Statistics compiled by the Government of India from the reports of provincial Civil Veterinary Departments
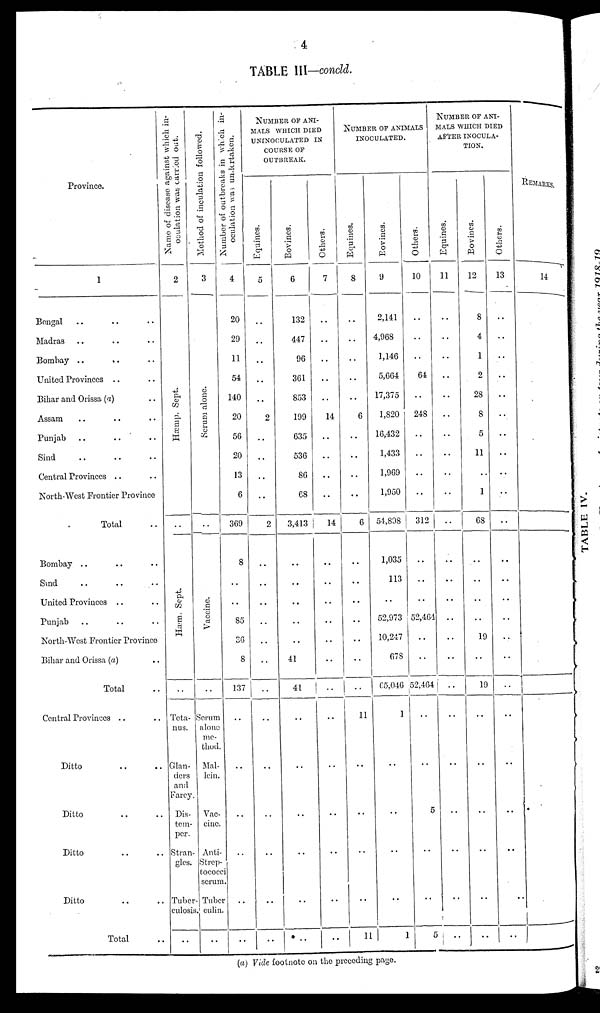
4
TABLE III—concld.
Province.
1
Bengal .. .. ..
Madras .. .. ..
Bombay .. .. ..
United Provinces .. ..
Bihar and Orissa (a) ..
Assam .. .. ..
Punjab .. .. ..
Sind .. .. ..
Central Provinces .. ..
North-West Frontier Province
Total ..
Bombay .. .. ..
Sind .. .. ..
United Provinces .. ..
Punjab .. .. ..
North-West Frontier Province
Bihar and Orissa (a) ..
Total ..
Central Provinces .. ..
Ditto .. ..
Ditto .. ..
Ditto .. ..
Ditto .. ..
Total ..
Name of disease against which in-
oculation was carried out.
2
Hæmp. Sept .
..
Hæm. Sept .
..
Teta-
nus.
Glan-
ders
and
Farcy.
Dis-
tem-
per.
Stran-
gles.
Tuber-
culosis.
..
Method of inculation followed.
3
Se r
um a l
one .
..
Vacci ne.
..
Serum
alone
me-
thod.
Mal-
lein.
Vac-
cine.
Anti-
Strep-
tococci
serum
Tuber
culin.
..
Number of outbreaks in which in-
oculation was undertaken.
4
20
29
11
54
140
20
56
20
13
6
369
8
..
..
85
36
8
137
..
..
..
..
..
..
NUMBER OF ANI-
MALS WHICH DIED
UNINOCULATED IN
COURSE OF
OUTBREAK.
Equines.
5
..
..
..
..
..
2
..
..
..
..
2
..
..
..
..
..
..
..
..
..
..
..
..
..
Bovines.
6
132
447
96
361
853
199
635
536
86
68
3,413
..
..
..
..
..
41
41
..
..
..
..
..
..
Others.
7
..
..
..
..
..
14
..
..
..
..
14
..
..
..
..
..
..
..
..
..
..
..
..
..
NUMBER OF NIMALS
INOCULATED.
Equines.
8
..
..
..
..
..
6
..
..
..
..
6
..
..
..
..
..
..
11
..
..
..
..
11
Bovines.
9
2,141
4,968
1,146
5,664
17,375
1,820
16,432
1,433
1,969
1,950
54,898
1,035
113
..
52,973
10,247
678
65,046
1
..
..
..
..
1
Others.
10
..
..
..
64
..
248
..
..
..
..
312
..
..
..
52,464
..
52,464
..
..
5
..
..
5
NUMBER OF ANI-
MALS WHICH DIED
AFTER INOCULA-
TION.
Equines.
11
..
..
..
..
..
..
..
..
..
..
..
..
..
..
..
..
..
..
..
..
..
..
..
..
Bovines.
12
8
4
1
2
28
8
5
11
..
1
68
..
..
..
..
19
..
19
..
..
..
..
..
..
Others.
13
..
..
..
..
..
..
..
..
..
..
..
..
..
..
..
..
..
..
..
..
..
..
..
REMARKS.
14
(a) Vide footnote on the preceding page.